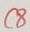
Text: C8